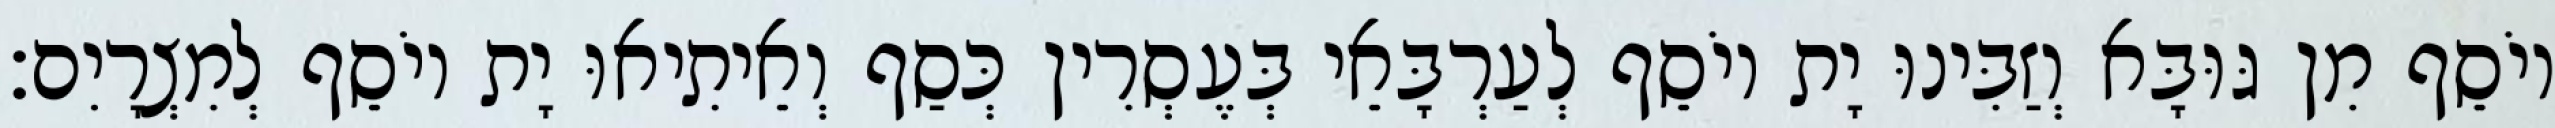
יוֹסֵף מִן גּוּבָּא וְזַבִּינוּ יָת יוֹסֵף לְעַרְבָּאֵי בְּעֶסְרִין כְּסַף וְאֵיתִיאוּ יָת יוֹסֵף לְמִצְרָיִם׃